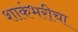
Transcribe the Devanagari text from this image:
शाकंभरीचा